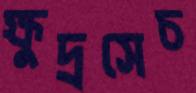
ক্ষুদ্রসেচ